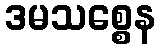
ဒမသစ္စေန